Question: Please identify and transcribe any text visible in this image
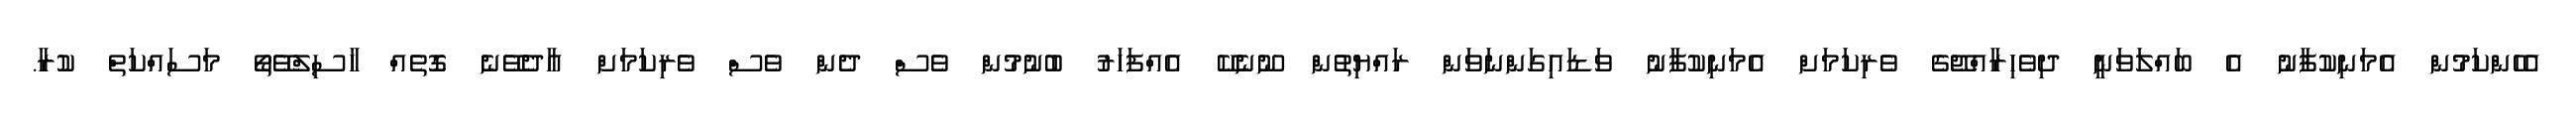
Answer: އެހެންކަމުން އެމަނިކުފާނު އެ ބައްލަވަނީ ދިވެހިރާއްޖޭގެ ވެރިކަމަށް އެމަނިކުފާނު ވަޑައިގަންނަވަން ރައްޔިތުން ނޫނެކޭ އެއްފަހަރު ބުނުމުން ވެސް ދެން ވެސް ވެރިކަމަށް އާދެވޭނެ ގޮތެއް ހާސިލްވޭތޯ މަސައްކަތް ކުރާ.